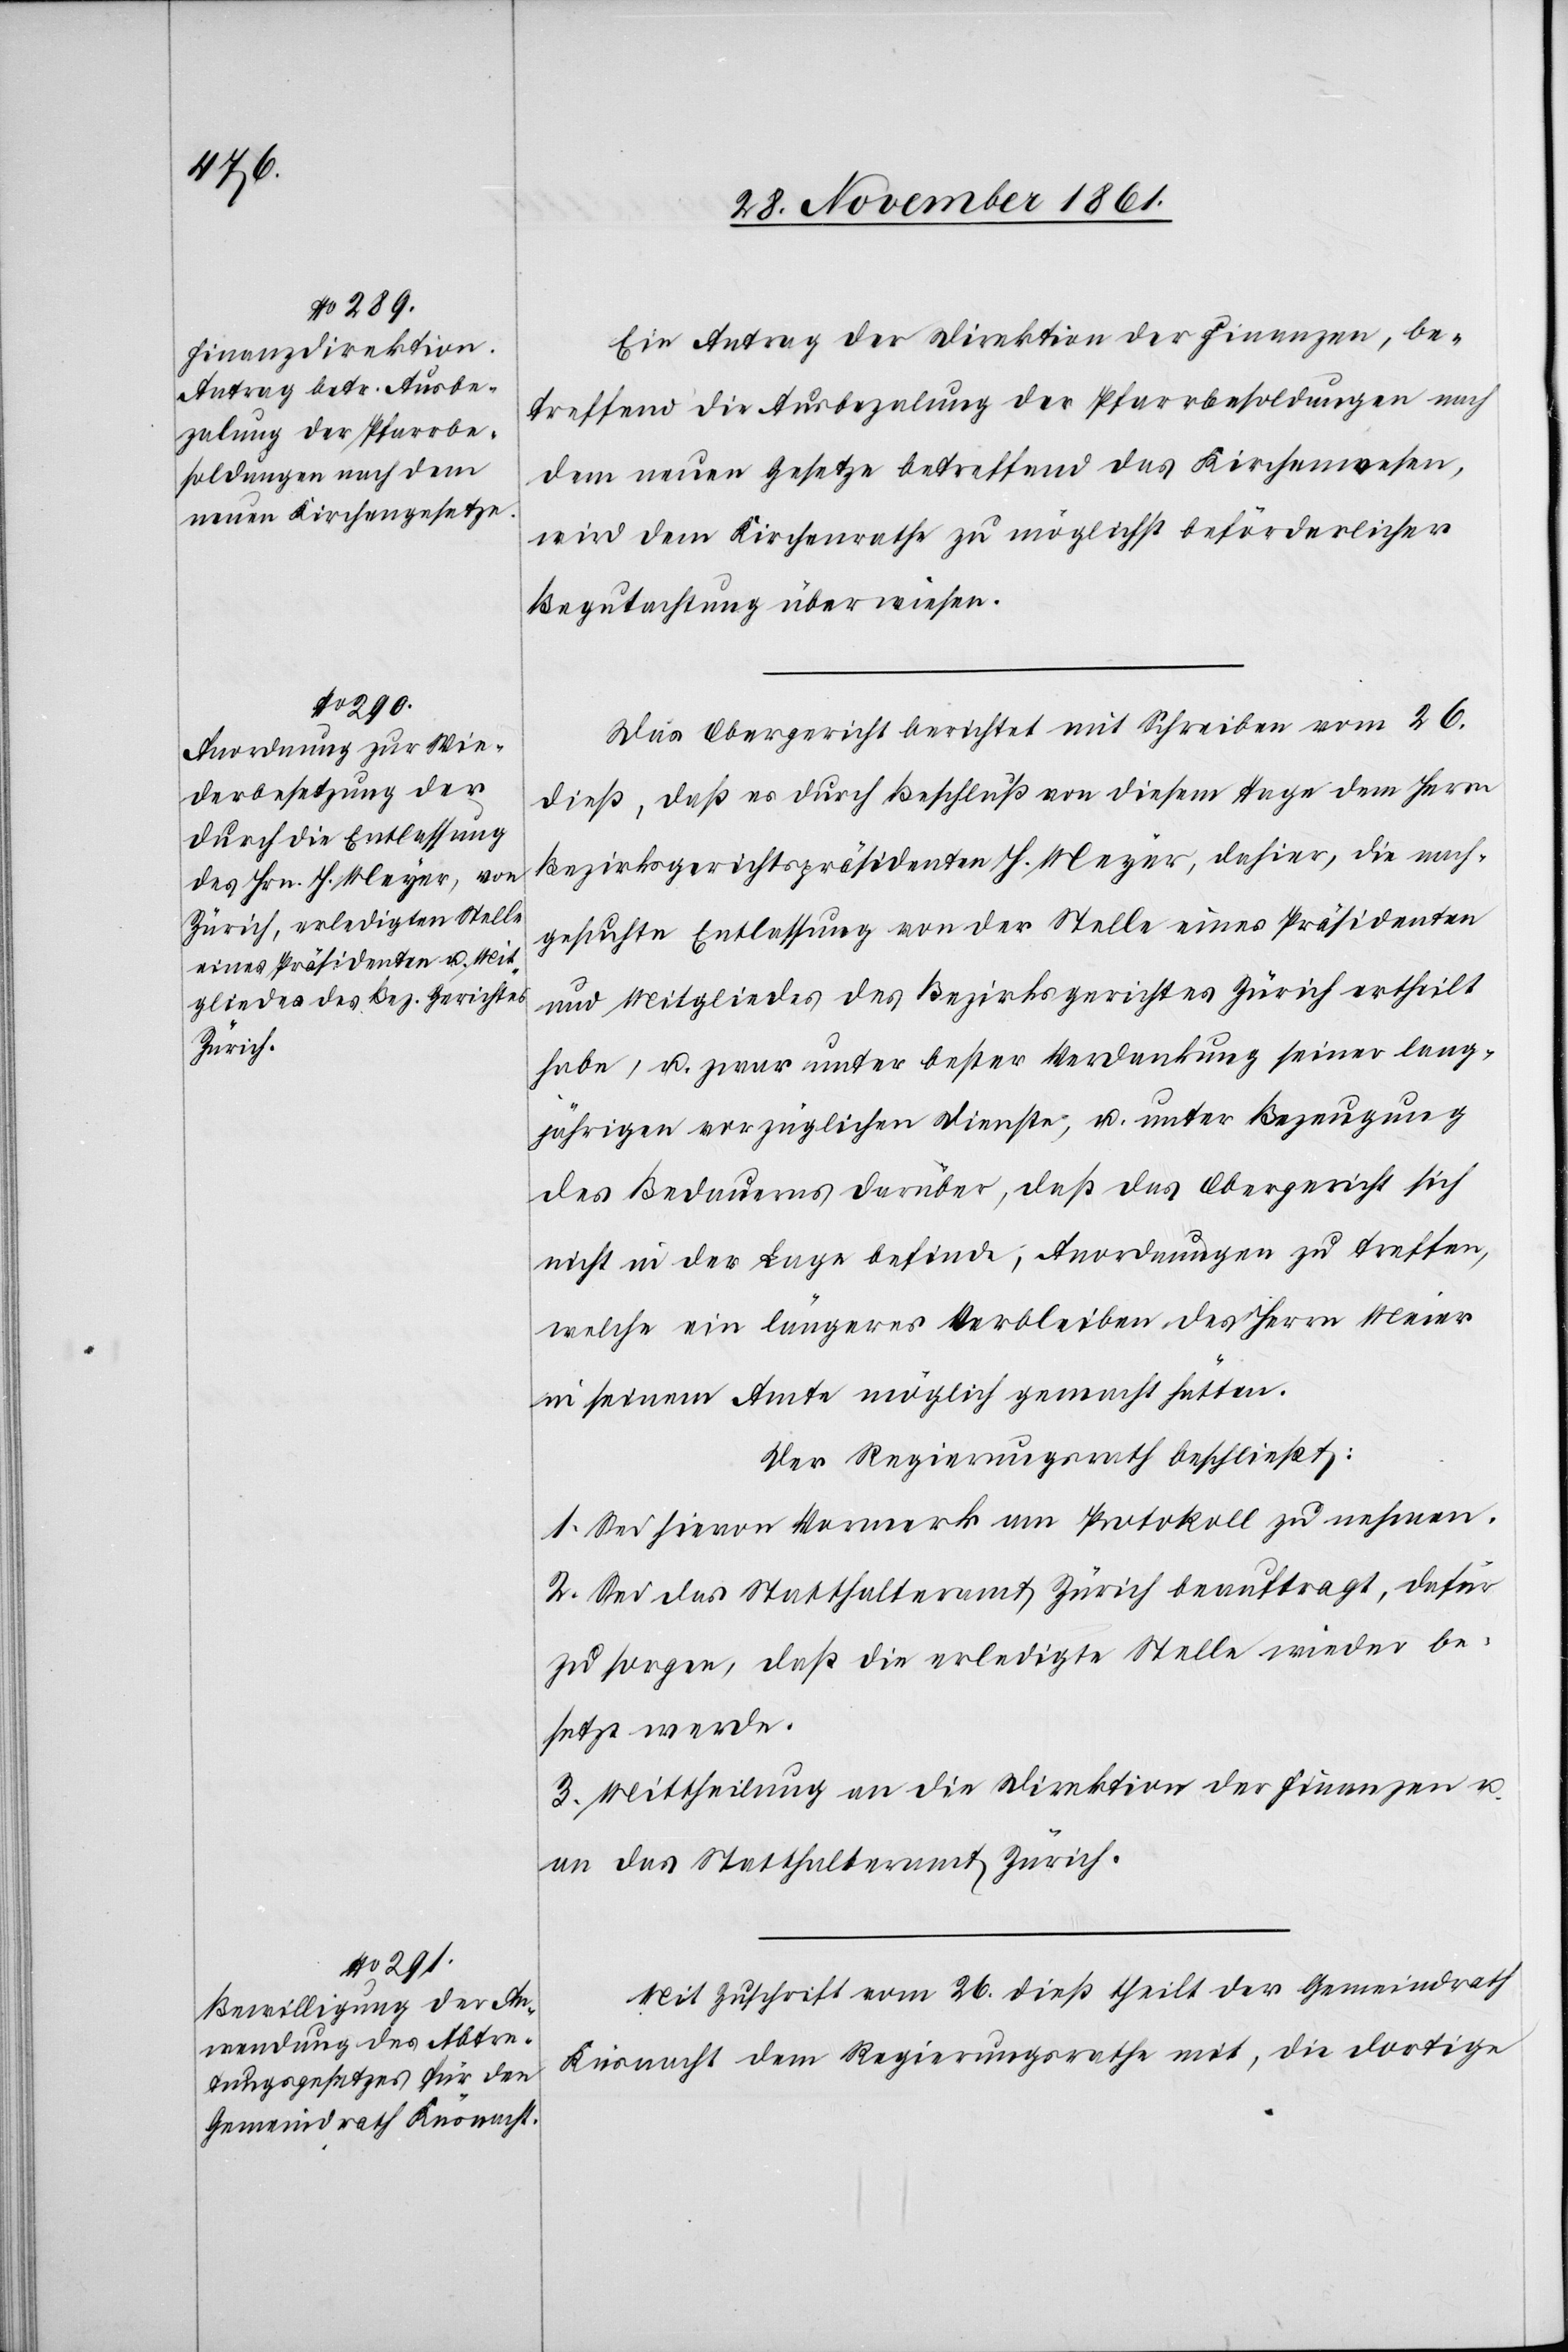
Ein Antrag der Direktion der Finanzen, be¬
treffend Ausbezalung der Pfarrbesoldungen nach
dem neuen Gesetze betreffend das Kirchenwesen,
wird dem Kirchenrathe zu möglichst beförderlicher
Begutachtung überwiesen.
Das Obergericht berichtet mit Schreiben vom 26
dieß, daß es durch Beschluß von diesem Tage dem Herrn
Bezirksgerichtspräsidenten H. Meyer, dahier, die nach¬
gesuchte Entlassung von der Stelle eines Präsidenten
und Mitgliedes des Bezirksgerichtes Zürich ertheilt
habe, u. zwar unter bester Verdankung seiner lang¬
jährigen vorzüglichen Dienste, u. unter Bemerkung
des Bedauerns darüber, daß das Obergericht sich
nicht in der Lage finde, Anordnungen zu treffen,
welche ein längeres Verbleiben des Herrn Meier
in seinem Amte möglich gemacht hätten.
Der Regierungsrath beschließt:
1. Sei hievon Vormerk am Protokoll zu nehmen.
2. Sei das Statthalteramt Zürich beauftragt, dafür
zu sorgen, daß die erledigte Stelle wieder be¬
setzt werde.
3. Mittheilung an die Direktion der Finanzen u.
an das Statthalteramt Zürich.
Mit Zuschrift vom 26 dieß theilt der Gemeindrath
Küsnacht dem Regierungsrathe mit, die dortige